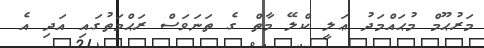
މަރުޙޫމް މުޙައްމަދު ޢަލީ ކްލޭ މާތް ގެ ތަނަވަސް ރަޙްމަތުގައި އަދި އެ